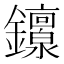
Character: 𬬟